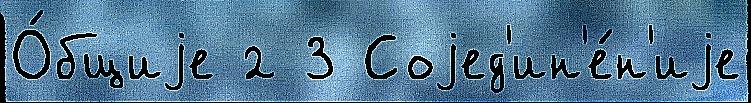
О́бщиjе 2 3 Соjед'ин'е́н'иjе